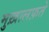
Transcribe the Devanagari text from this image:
मुख़ालफ़ते